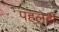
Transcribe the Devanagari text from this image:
पहलेही